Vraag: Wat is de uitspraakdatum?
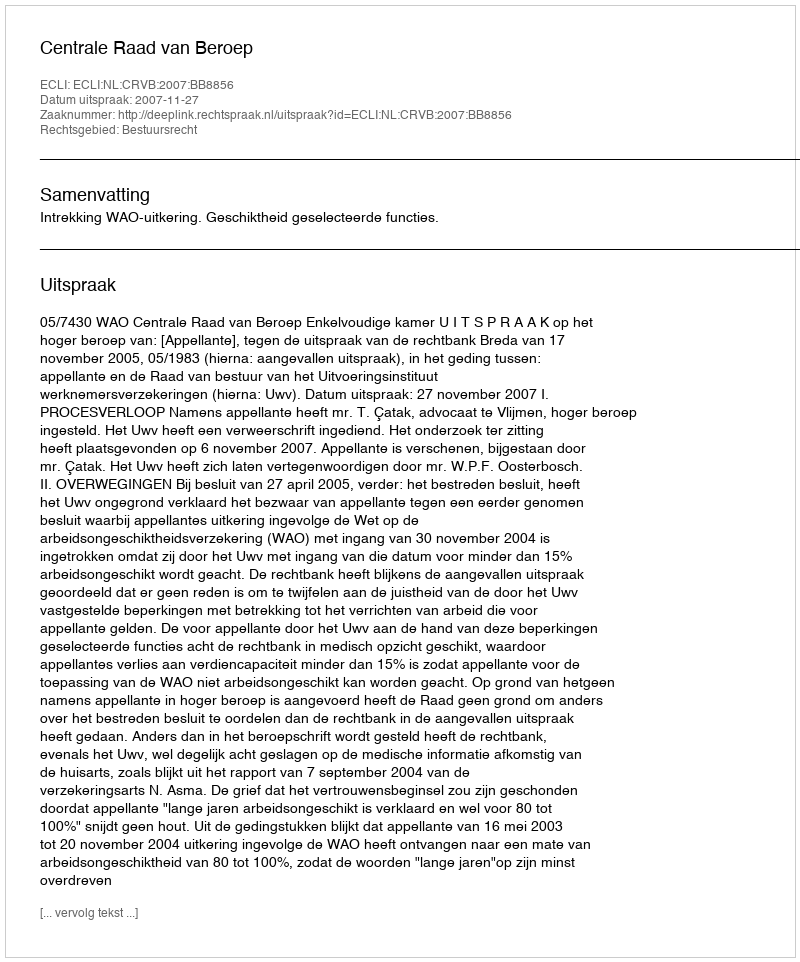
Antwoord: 2007-11-27